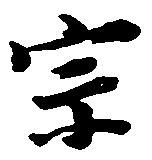
宗